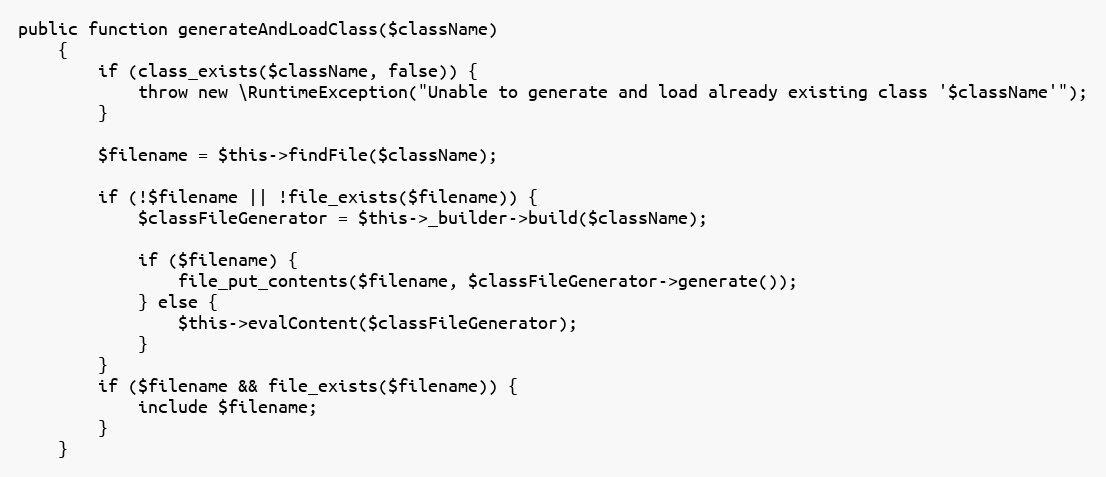
Language: PHP
public function generateAndLoadClass($className)
    {
        if (class_exists($className, false)) {
            throw new \RuntimeException("Unable to generate and load already existing class '$className'");
        }

        $filename = $this->findFile($className);

        if (!$filename || !file_exists($filename)) {
            $classFileGenerator = $this->_builder->build($className);

            if ($filename) {
                file_put_contents($filename, $classFileGenerator->generate());
            } else {
                $this->evalContent($classFileGenerator);
            }
        }
        if ($filename && file_exists($filename)) {
            include $filename;
        }
    }